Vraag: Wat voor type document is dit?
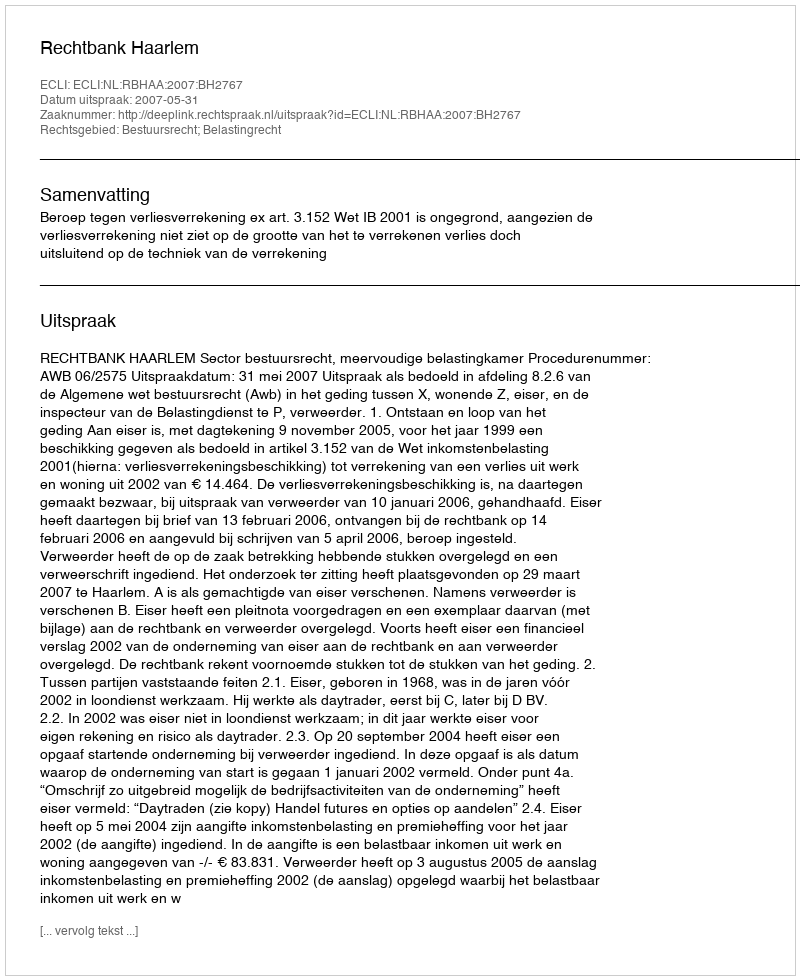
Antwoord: Uitspraak